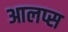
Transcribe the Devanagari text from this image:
आलप्स